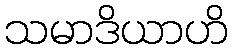
သမာဒိယာဟိ